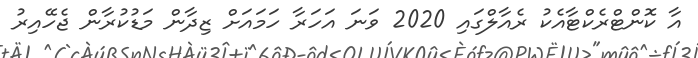
އާ ކޮންޓްރެކްޓާއެކު ރެއާލްގައި 2020 ވަނަ އަހަރާ ހަމައަށް ޒިދާން މަޑުކުރާން ޖެހޭއިރު